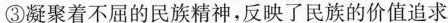
③凝聚着不屈的民族精神，反映了民族的价值追求